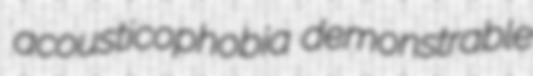
acousticophobia demonstrable